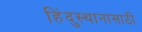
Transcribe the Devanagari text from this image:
हिंदुस्थानासाठी